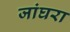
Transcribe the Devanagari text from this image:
जांघरा